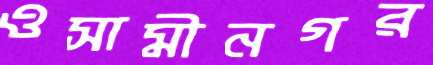
ওসামীনগর